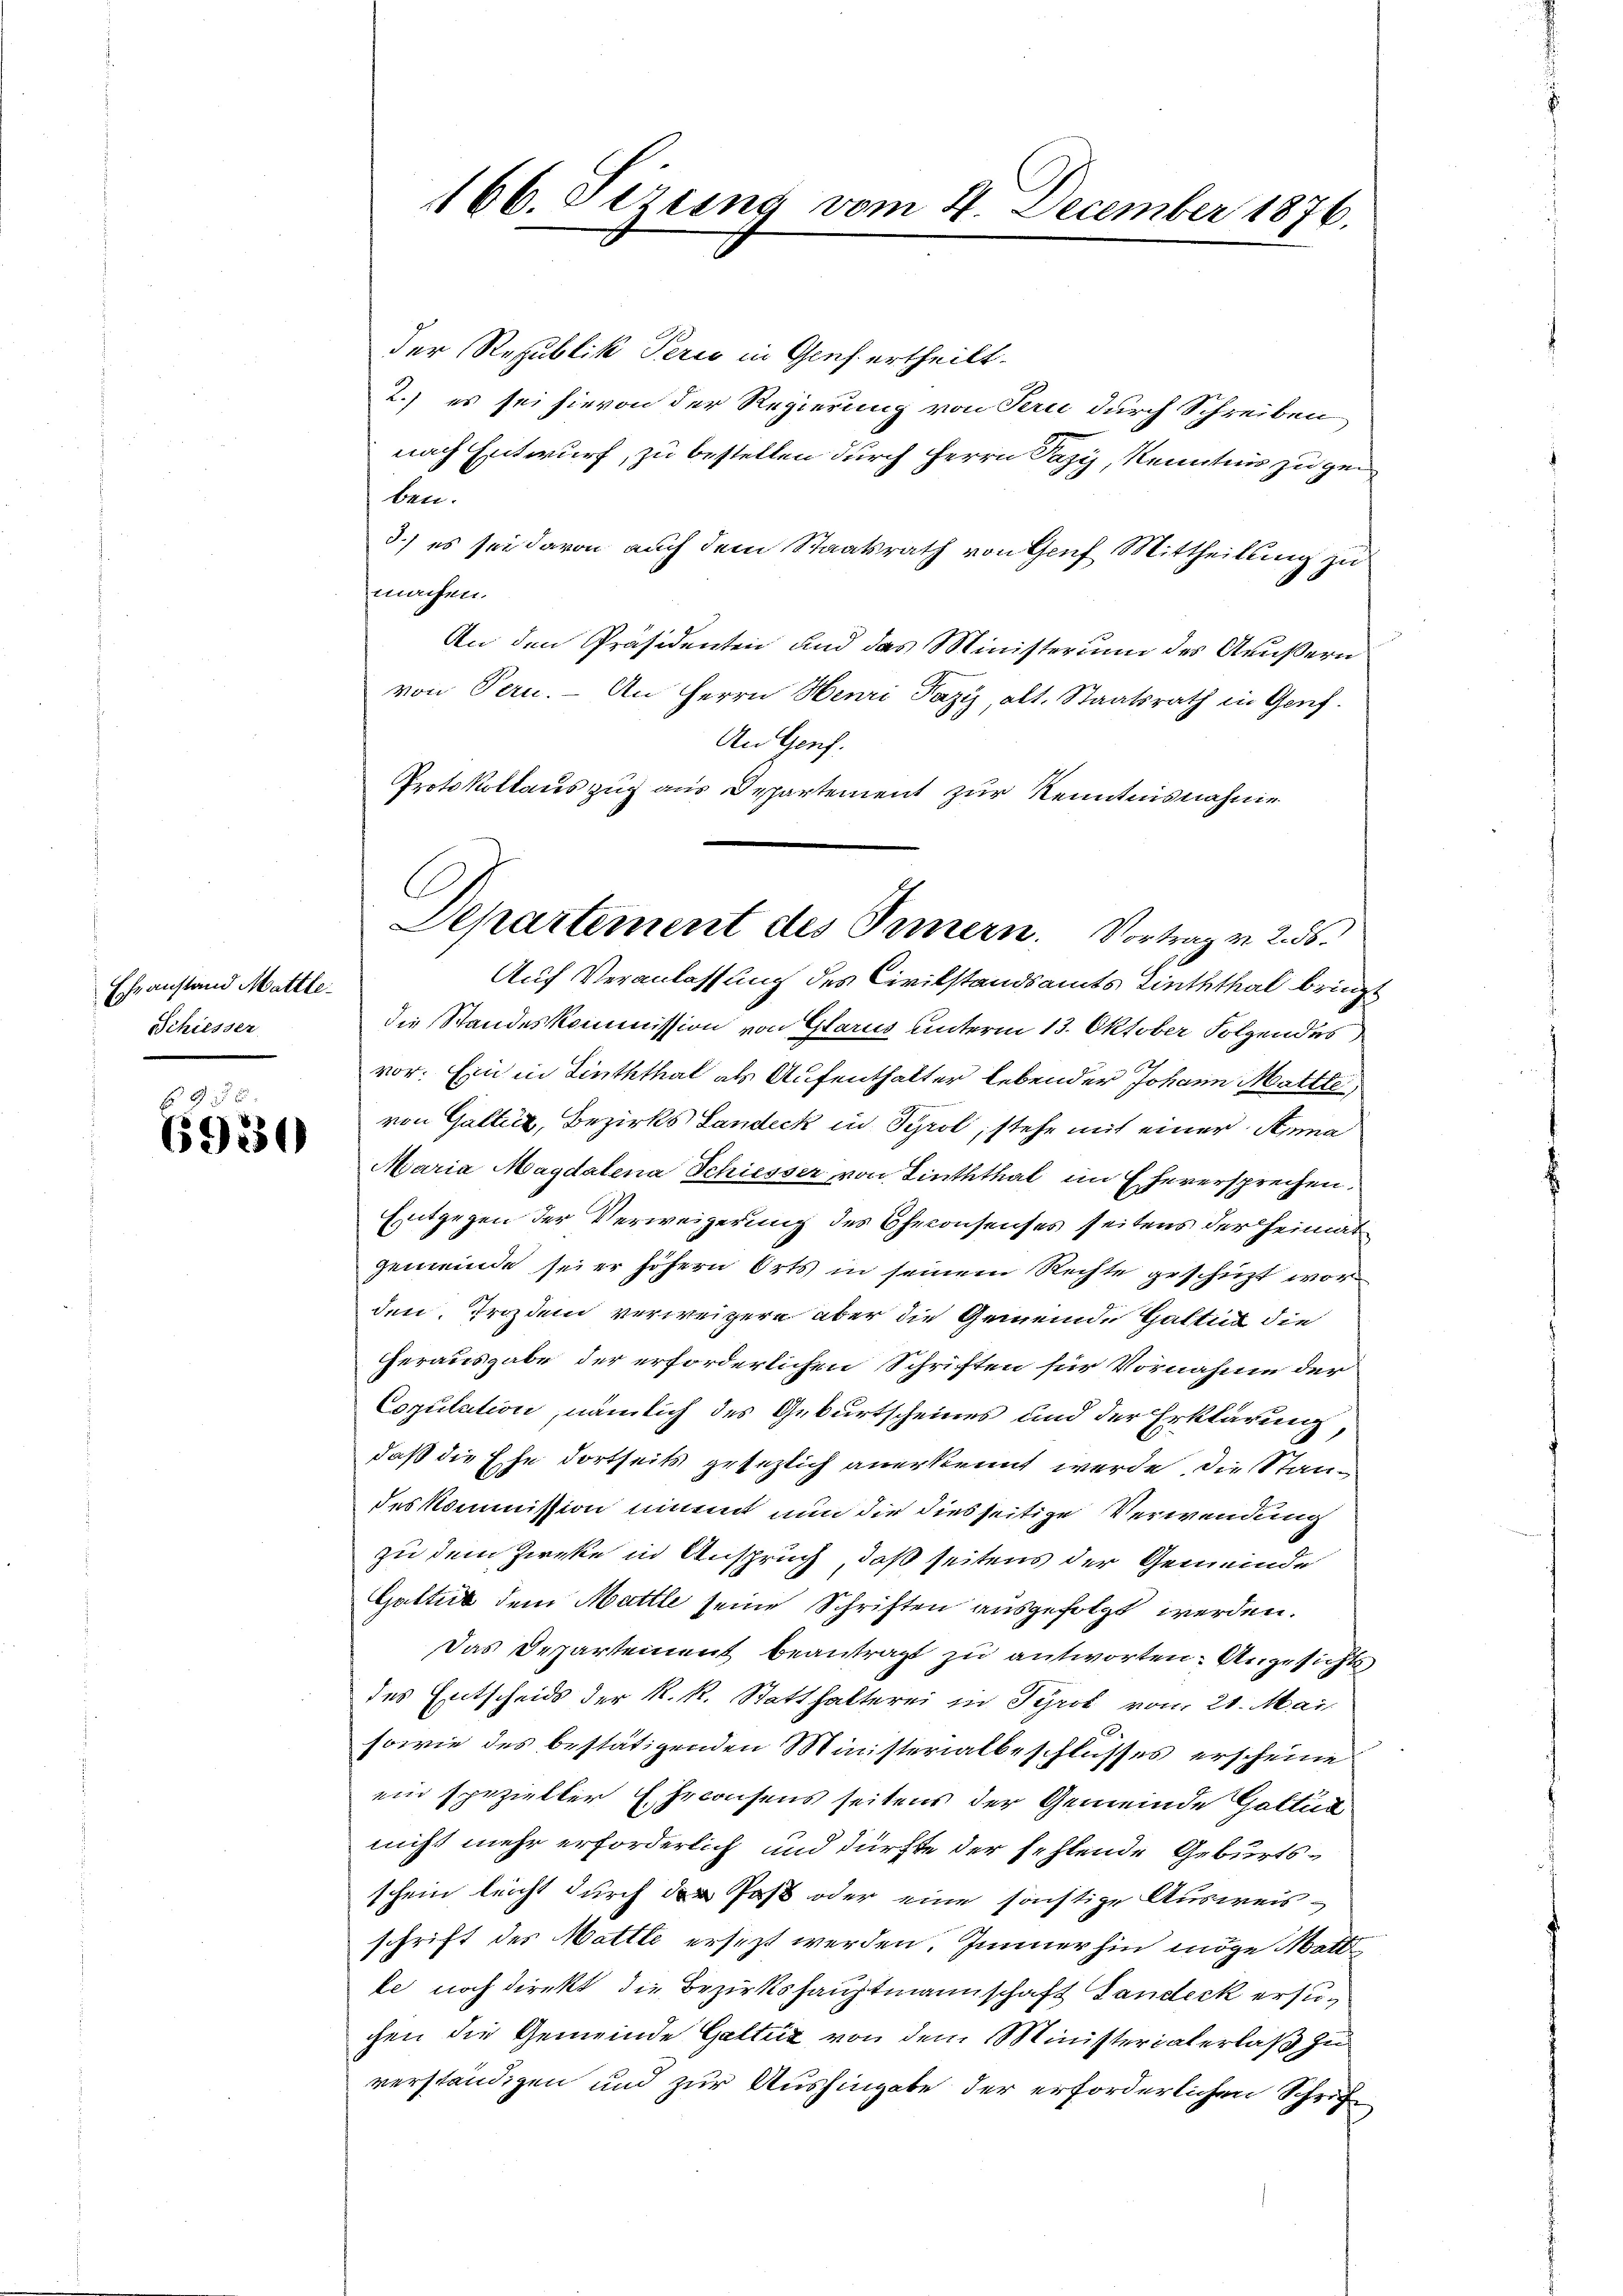
Echeanstand Mattle¬
Schiesser

A
6930

166. Sizung vom 4. December 1876.

der Republik Perio in Genf ertheilt.
2.) es sei hievon der Regierung von Serie durch Schreiben
nach Entwurf, zu bestellen durch Herrn Pazy, Kenntnis zu ge
ben.
3.) es sei davon auch dem Staatsrath von Genf Mittheilung zu
machen.
An den Präsidenten und das Ministerium des Aeußern
von Pern. – An Herrn Henri Pazy, alt. Staatsrath in Genf
An Genf.
Protokollauszug aus Departement zur Kenntnisnahme

C
Departement des Innern. Vortrag v. 256.

Auf Veranlassung des Civilstandsamts Linththal bringt
die Standeskommission von Glarus unterm 13. Oktober Folgendes
vor. Ein in Linththal als Aufenthalter lebender Johann Mattle
von Gattia, Bezirks Landeck in Syrol, stehe mit einer Anna
Maria Magdalena Schiesser von Linththal im Eheversprechen.
Entgegen der Verweigerung des Checonsenses seitens der Heimatgemeinde sei er höhern Orts in seinem Rechte geschüzt wor
den. Irozdem verweigern aber die Gemeinde Gattet die
Herausgabe der erforderlichen Schriften für Vornahme der
Copulation, nämlich des Geburtscheines und der Erklärung
daß die Ehe dortseits gesezlich anerkennt werde, die Staades Kommission nimmt nun die diesseitige Verwendung
zu dem Zieke in Anspruch, daß seitens der Gemeinde
Gattich dem Mattle seine Schriften ausgefolgt werden.
Das Departement beantragt zu antworten: Angesichts
des Entscheids der k.k. Statthalterei in Tyrol von 21. Mai
sowie des bestätigenden Ministerialbeschlusses erscheine
ein spezieller Ehrconsens seitens der Gemeinde Gattin
nicht mehr erforderlich und dürfte der fehlende Geburtsschein leicht durch der Post oder eine sonstige Ausweisschrift des Mattle ersezt werden. Immerhin möge Matt
le noch direkt die Bezirkshauptmannschaft Landeck ersuc
chen die Gemeinde Gattiz von dem Ministerialerlaß zu
verständigen und zur Aushingabe der erforderlichen Schrif